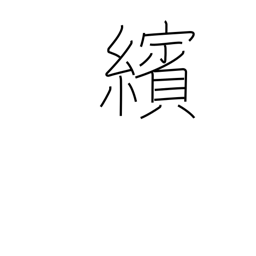
Meaning: scattering